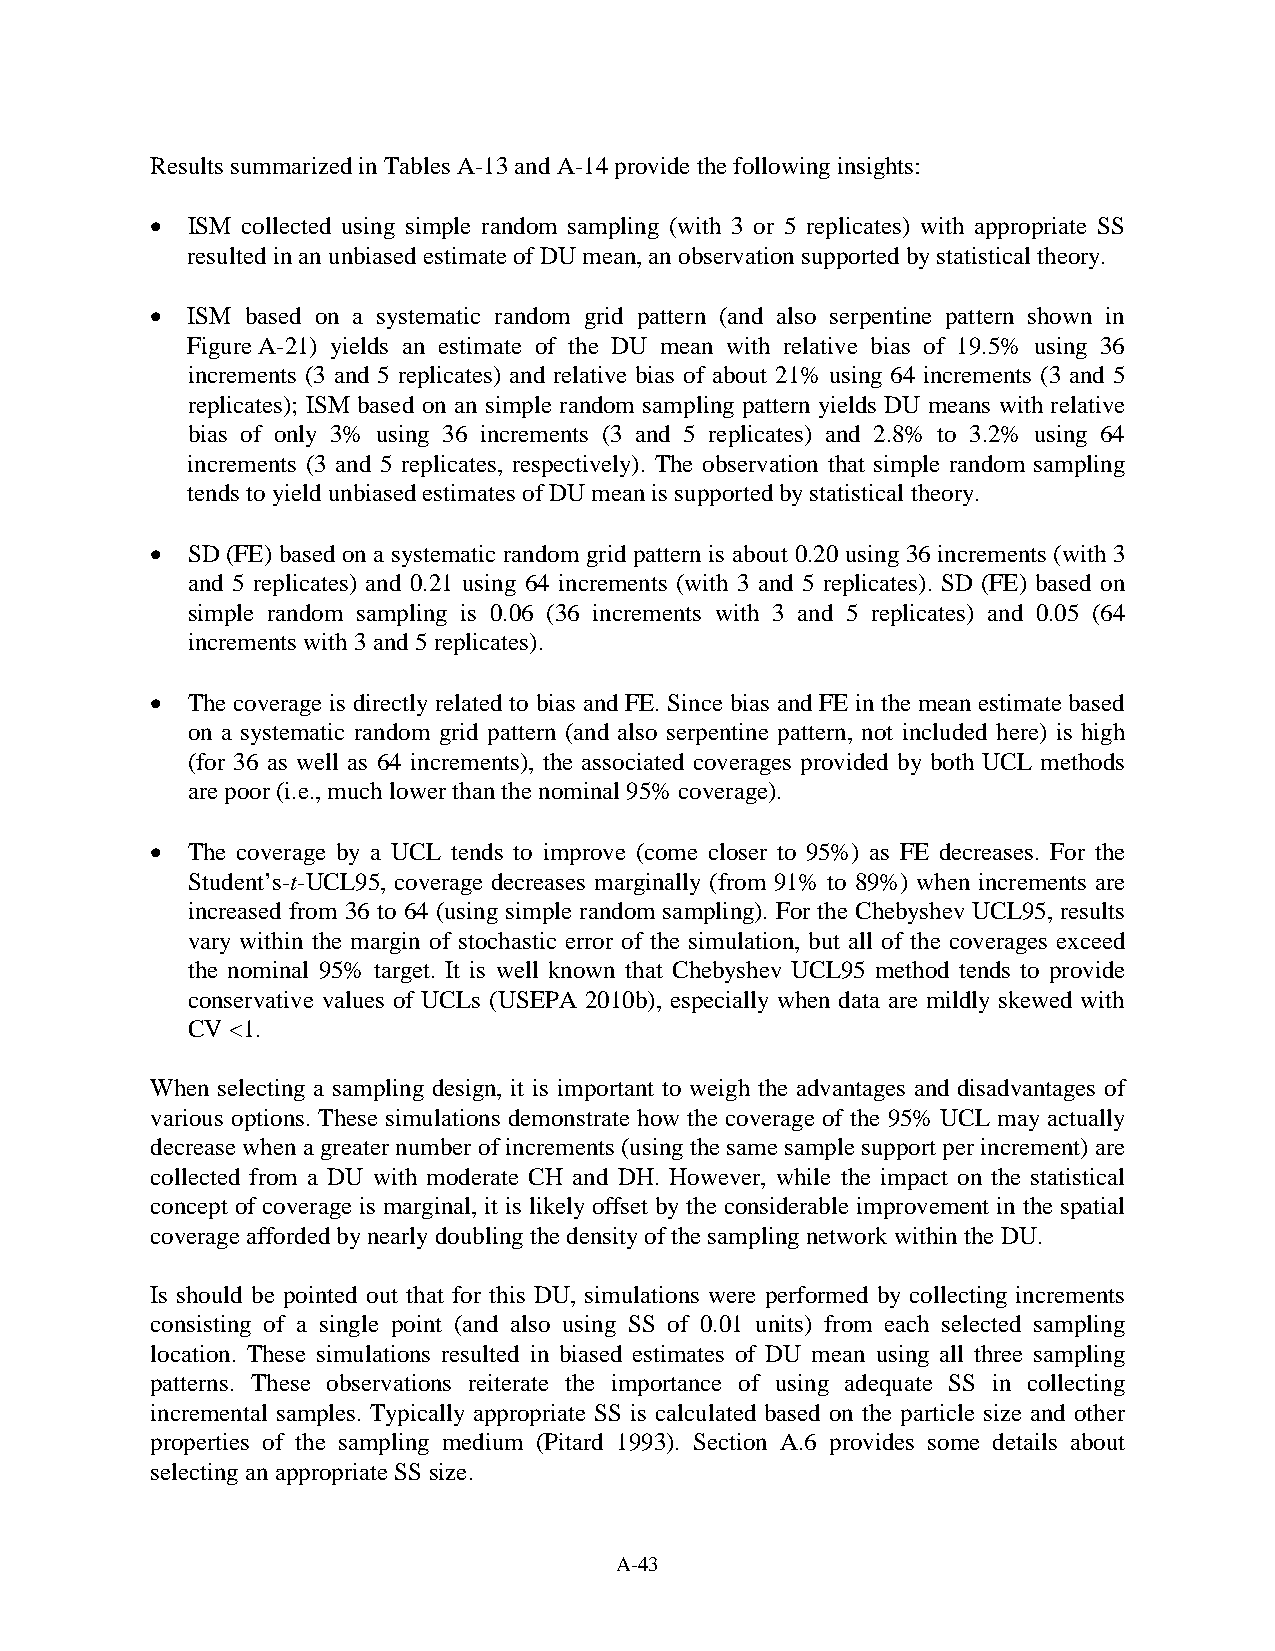
Results summarized in Tables A-13 and A-14 provide the following insights:
 • ISM collected using simple random sampling (with 3 or 5 replicates) with appropriate SS
 resulted in an unbiased estimate of DU mean, an observation supported by statistical theory.
 • ISM based on a systematic random grid pattern (and also serpentine pattern shown in
 Figure A-21) yields an estimate of the DU mean with relative bias of 19.5% using 36
 increments (3 and 5 replicates) and relative bias of about 21% using 64 increments (3 and 5
 replicates); ISM based on an simple random sampling pattern yields DU means with relative
 bias of only 3% using 36 increments (3 and 5 replicates) and 2.8% to 3.2% using 64
 increments (3 and 5 replicates, respectively). The observation that simple random sampling
 tends to yield unbiased estimates of DU mean is supported by statistical theory.
 • SD (FE) based on a systematic random grid pattern is about 0.20 using 36 increments (with 3
 and 5 replicates) and 0.21 using 64 increments (with 3 and 5 replicates). SD (FE) based on
 simple random sampling is 0.06 (36 increments with 3 and 5 replicates) and 0.05 (64
 increments with 3 and 5 replicates).
 • The coverage is directly related to bias and FE. Since bias and FE in the mean estimate based
 on a systematic random grid pattern (and also serpentine pattern, not included here) is high
 (for 36 as well as 64 increments), the associated coverages provided by both UCL methods
 are poor (i.e., much lower than the nominal 95% coverage).
 • The coverage by a UCL tends to improve (come closer to 95%) as FE decreases. For the
 Student’s-t-UCL95, coverage decreases marginally (from 91% to 89%) when increments are
 increased from 36 to 64 (using simple random sampling). For the Chebyshev UCL95, results
 vary within the margin of stochastic error of the simulation, but all of the coverages exceed
 the nominal 95% target. It is well known that Chebyshev UCL95 method tends to provide
 conservative values of UCLs (USEPA 2010b), especially when data are mildly skewed with
 CV <1.
 When selecting a sampling design, it is important to weigh the advantages and disadvantages of
 various options. These simulations demonstrate how the coverage of the 95% UCL may actually
 decrease when a greater number of increments (using the same sample support per increment) are
 collected from a DU with moderate CH and DH. However, while the impact on the statistical
 concept of coverage is marginal, it is likely offset by the considerable improvement in the spatial
 coverage afforded by nearly doubling the density of the sampling network within the DU.
 Is should be pointed out that for this DU, simulations were performed by collecting increments
 consisting of a single point (and also using SS of 0.01 units) from each selected sampling
 location. These simulations resulted in biased estimates of DU mean using all three sampling
 patterns. These observations reiterate the importance of using adequate SS in collecting
 incremental samples. Typically appropriate SS is calculated based on the particle size and other
 properties of the sampling medium (Pitard 1993). Section A.6 provides some details about
 selecting an appropriate SS size.
 A-43